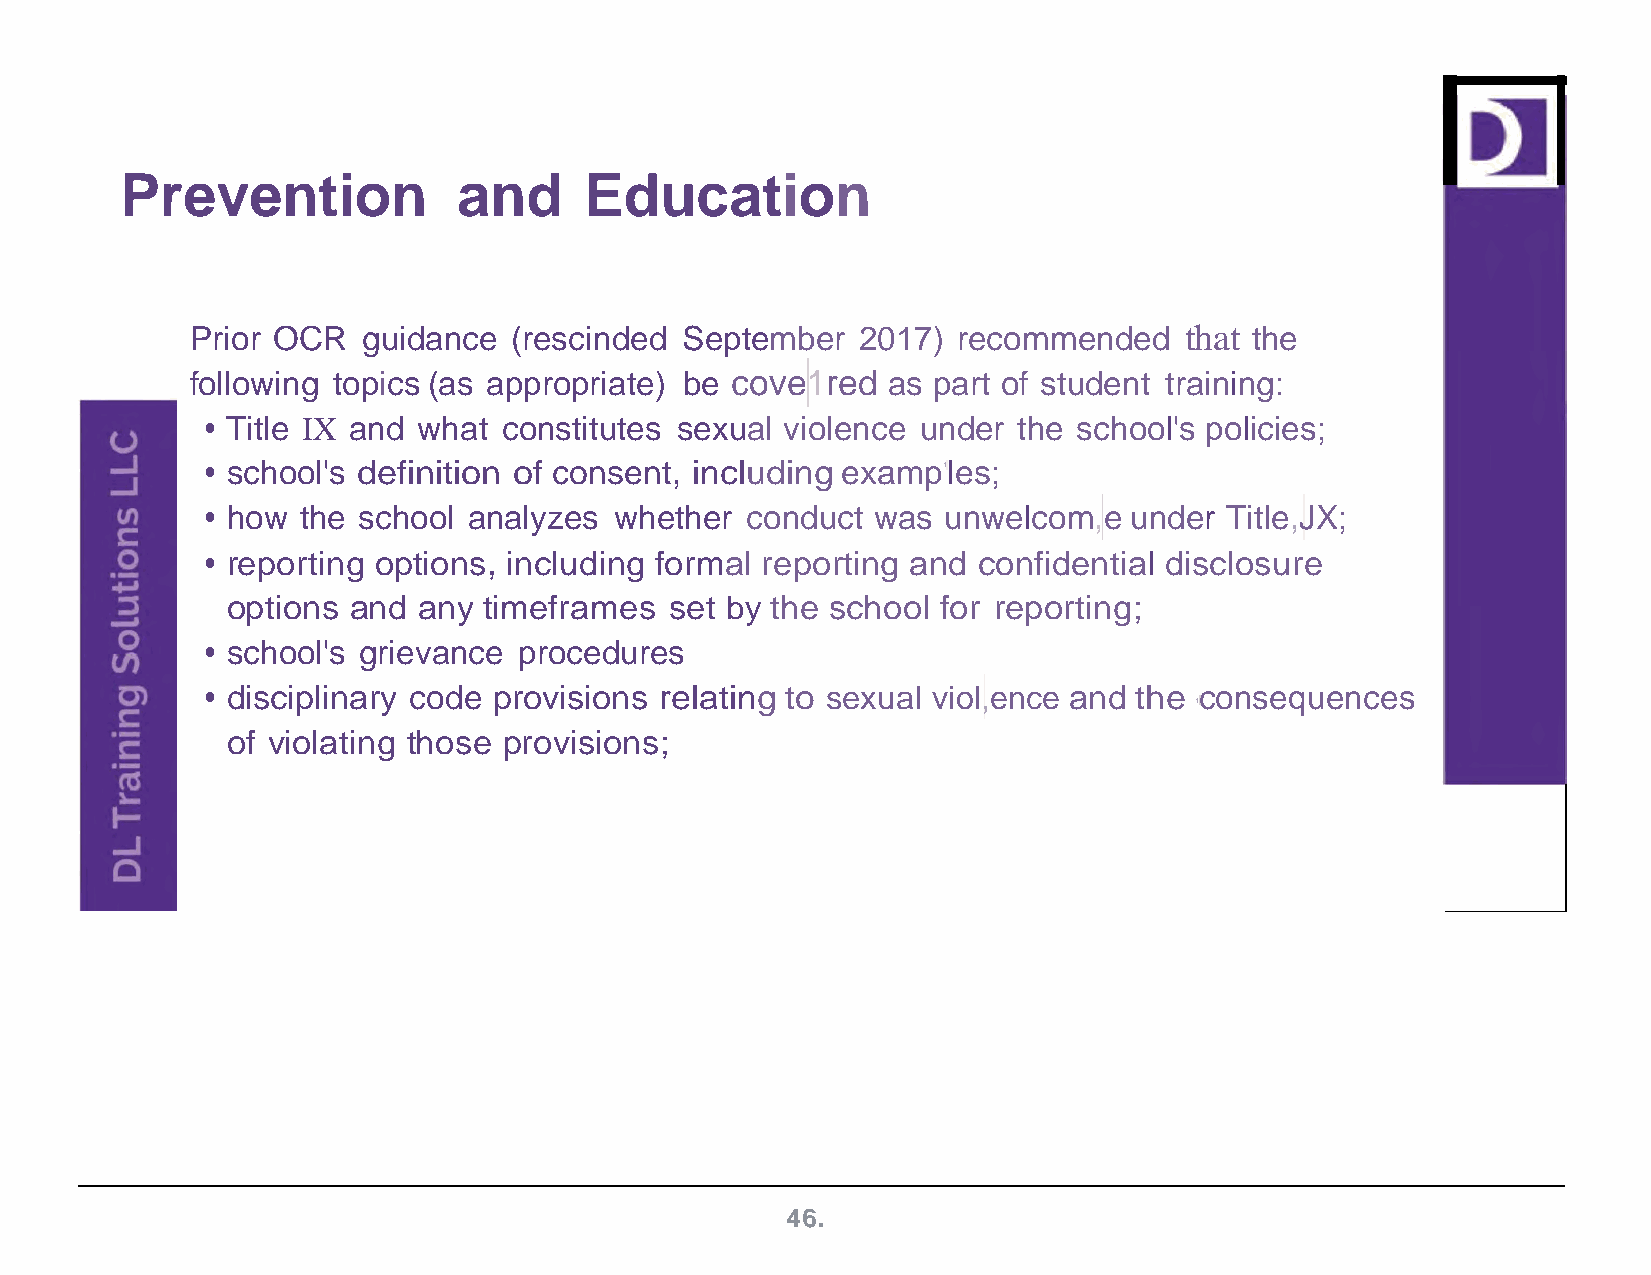
Prevention            and      Education
 Prior OCR  guidance  (rescinded September   2017) recommended    that the
 following topics (as appropriate) be cove1red as part of student training:
 • Title IX and what constitutes sexual violence under the school's policies;
 • school's definition of consent, including examp1les;
 • how the school analyzes  whether conduct  was unwelcom,e   under Title,JX;
 • reporting options, including formal reporting and confidential disclosure
 options and  any timeframes  set by the school for reporting;
 • school's grievance procedures
 • disciplinary code provisions relating to sexual viol,ence and the consequences
 1
 of violating those provisions;
 46.